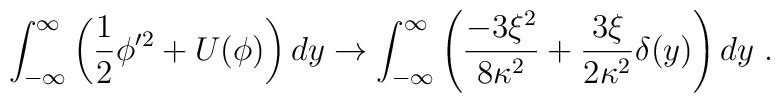
\int_{-\infty}^{\infty} \left(\frac{1}{2} \phi'^2 + U(\phi) \right) dy \rightarrow \int_{-\infty}^{\infty} \left(\frac{-3\xi^2}{8\kappa^2} + \frac{ 3\xi}{2\kappa^2}\delta(y) \right) dy \;.